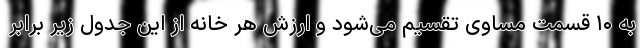
به ۱۰ قسمت مساوی تقسیم می‌شود و ارزش هر خانه از این جدول زیر برابر